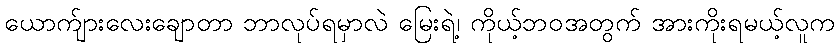
ယောက်ျားလေးချောတာ ဘာလုပ်ရမှာလဲ မြေးရဲ့၊ ကိုယ့်ဘဝအတွက် အားကိုးရမယ့်လူက